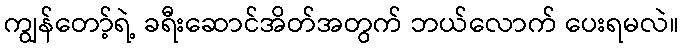
ကျွန်တော့်ရဲ့ ခရီးဆောင်အိတ်အတွက် ဘယ်လောက် ပေးရမလဲ။